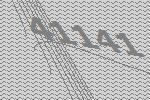
41141